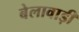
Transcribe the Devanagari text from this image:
बेलावाड़ी